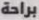
براحة